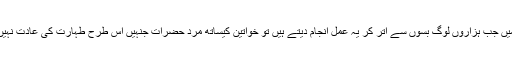
ایک کھلے صحرا میں دن کے اوقات میں جب ہزاروں لوگ بسوں سے اتر کر یہ عمل انجام دیتے ہیں تو خواتین کیساتھ مرد حضرات جنہیں اس طرح طہارت کی عادت نہیں ہوتی، کافی دقت محسوس کرتے ہیں۔